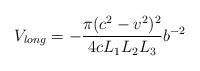
LaTeX: \begin{align*}V_{long} =-\frac{\pi (c^2 - v^2)^2}{4 c L_1 L_2 L_3} b^{-2}\end{align*}